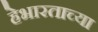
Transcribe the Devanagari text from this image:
हेभारताच्या